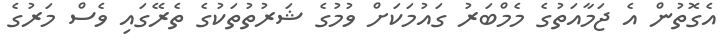
އެގޮތުން އެ ޖަމާއަތުގެ މެމްބަރު ގައުމަކަށް ވުމުގެ ޝަރުތުތަކުގެ ތެރޭގައި ވެސް މަރުގެ